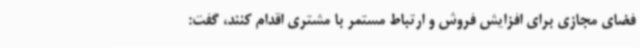
فضای مجازی برای افزایش فروش و ارتباط مستمر با مشتری اقدام کنند، گفت: